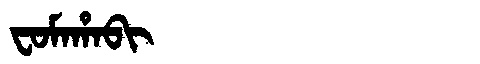
Manchu: ᠸᠣᠮᠠᡥᠠᠪᡳ
Romanization: FOMAHABI